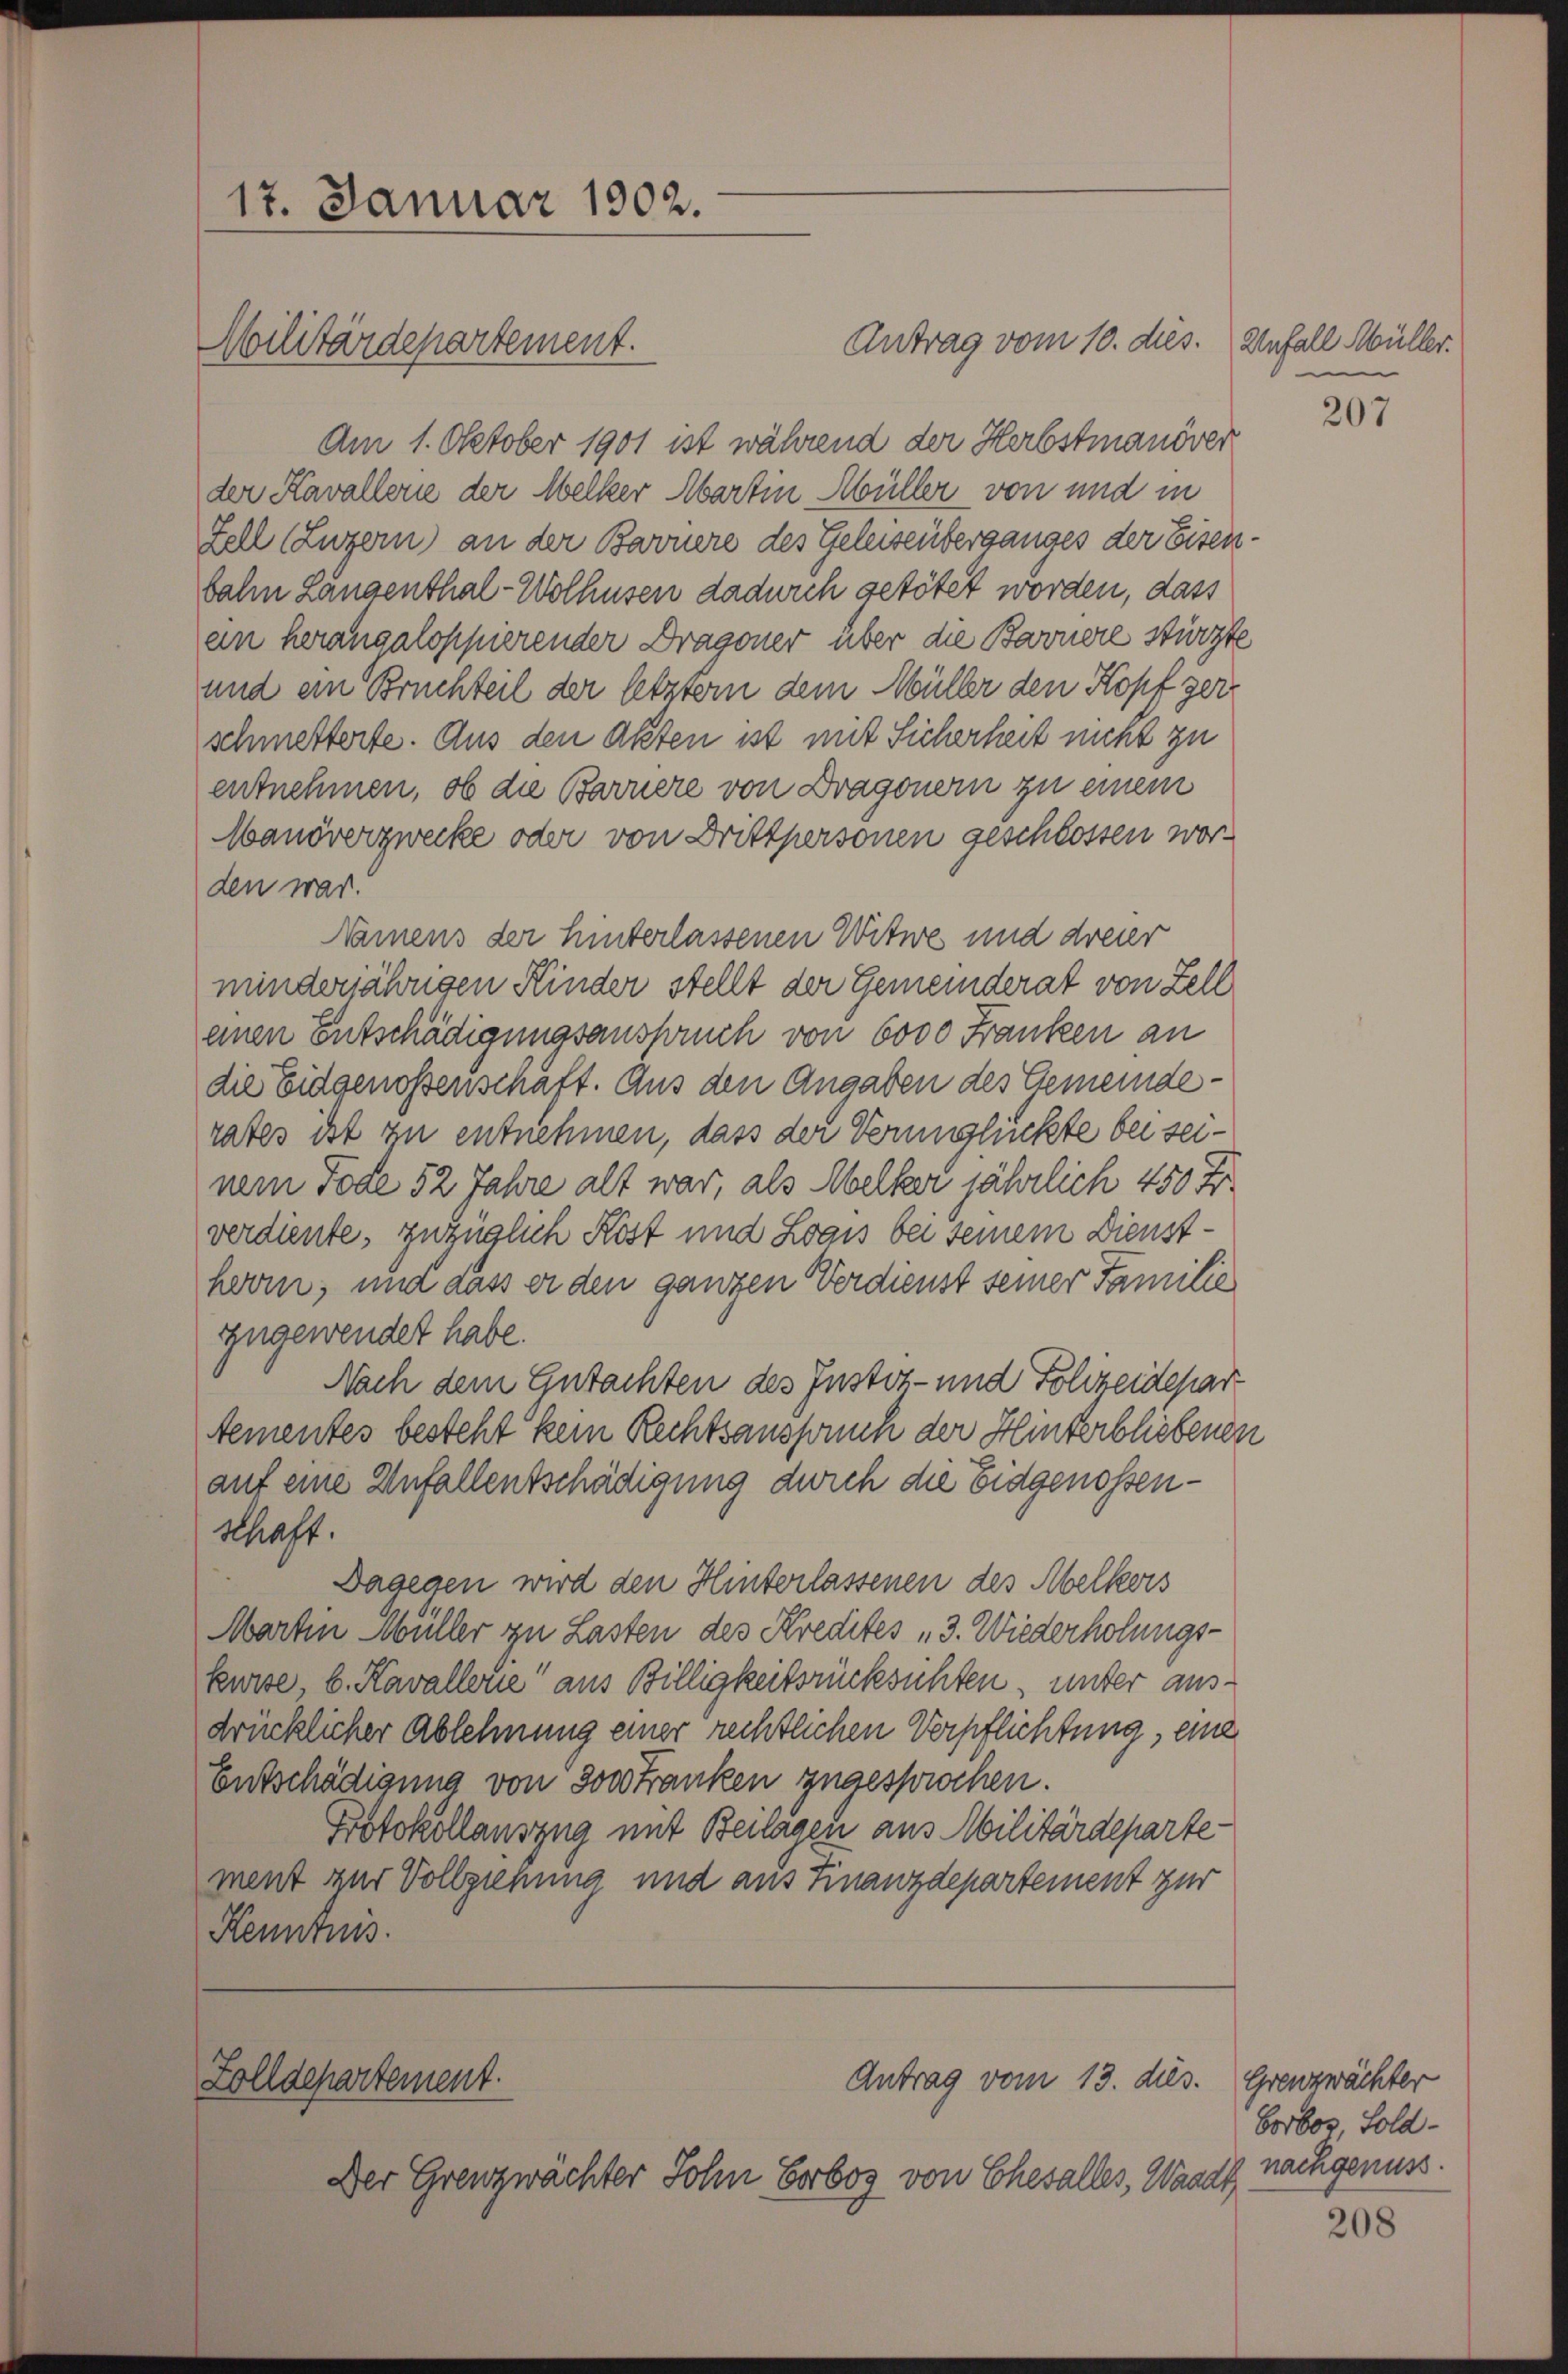
17. Januar 1902.
Militärdepartement.

Antrag vom 10. dies.
Am 1. Oktober 1901 ist während der Herbstmanöver
der Kavallerie der Melker Martin Müller von und in
Fell (Luzern an der Baruere des Geleisenberganges der Eisenbahn Langenthal-Wolhusen dadurch getötet worden, dass
an herangaloppierender Dragoner über die Bernere stürzte
und ein Bruchteil der letztem dem Müller den Kopf gerschmetterte. Aus den Akten ist mit Sicherheit nicht zu
entnehmen, ob die Barriere von Dragonern zu einem
Manöverzwecke oder von Drittpersonen geschlossen worden was
Namens der hinterlassenen Witwe und dreier
minderjährigen Kinder stellt der Gemeinderat von Zell
einen Entschädigungsanspruch von 6000 Franken an
die Eidgenossenschaft. Aus den Angaben des Gemeinderates ist zu entnehmen, dass der Verunglückte bei seinem Tode 52 Jahre alt war, als Melker jährlich 450 Fr.
verdiente, zuzüglich Kost und Loais bei seinem Diensthorm; und dass er den ganzen Verdienst seiner Familie
zugewendet habe.
Nach dem Gutachten des Instit- und Polizeidepar
tementes besteht kein Rechtsanspruch der Hinterbliebenen
auf eine Anfallentschädigung durch die Eidgenossenkraft.
Dagegen wird den Hinterlassenen des Abelkers
Martin Müller zu Lasten des Kredites „3. Wiederholungs-
kurse, b. Kavallerie aus Billigkeitsrücksichten, unter ausdrücklicher Ablehnung einer rechtlichen Verpflichtung, eine
Entschädigung von Sonstranken zugesprochen.
Protokollauszug mit Beilagen aus Militärdeparte
ment zur Vollziehung und aus Finanzdepartement zur
Kenntnis.

Antrag vom 13. dies.
Zolldepartement.

Der Grenzwachter Sohn Eorbos von Ehesalles, Waadt

Unfall Müller.
e

207

Grenzwächter
Vorboz, Sold-
nachgenuss.

208